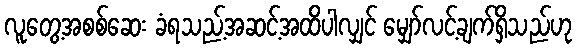
လူတွေ့အစစ်ဆေး ခံရသည့်အဆင့်အထိပါလျှင် မျှော်လင့်ချက်ရှိသည်ဟု